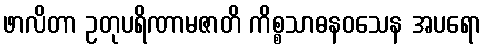
ဖာလိတာ ဥတုပရိဏာမဇာတိ ကိစ္စသာဓနဝသေန အပရော